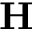
\mathbf { H }